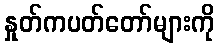
နှုတ်ကပတ်တော်များကို